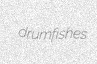
drumfishes